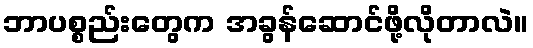
ဘာပစ္စည်းတွေက အခွန်ဆောင်ဖို့လိုတာလဲ။